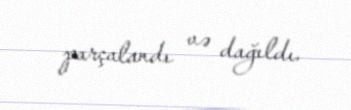
parçalandı və dağıldı.